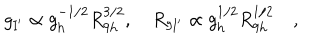
g _ { \mathrm { I ^ { \prime } } } \propto g _ { \mathrm { h } } ^ { - 1 / 2 } R _ { \mathrm { 9 h } } ^ { 3 / 2 } , \quad R _ { \mathrm { 9 I ^ { \prime } } } \propto g _ { \mathrm { h } } ^ { 1 / 2 } R _ { \mathrm { 9 h } } ^ { 1 / 2 } \quad ,